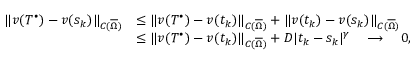
\begin{array} { r l } { \lVert v ( T ^ { \bullet } ) - v ( s _ { k } ) \rVert _ { C ( \overline { \Omega } ) } } & { \leq \lVert v ( T ^ { \bullet } ) - v ( t _ { k } ) \rVert _ { C ( \overline { \Omega } ) } + \lVert v ( t _ { k } ) - v ( s _ { k } ) \rVert _ { C ( \overline { \Omega } ) } } \\ & { \leq \lVert v ( T ^ { \bullet } ) - v ( t _ { k } ) \rVert _ { C ( \overline { \Omega } ) } + D \lvert t _ { k } - s _ { k } \rvert ^ { \gamma } \quad \longrightarrow \quad 0 , } \end{array}